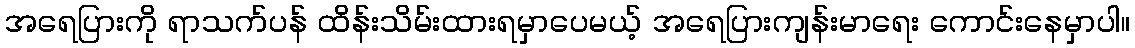
အရေပြားကို ရာသက်ပန် ထိန်းသိမ်းထားရမှာပေမယ့် အရေပြားကျန်းမာရေး ကောင်းနေမှာပါ။